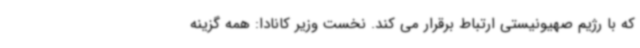
که با رژیم صهیونیستی ارتباط برقرار می کند. نخست وزیر کانادا: همه گزینه